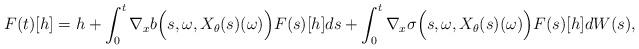
LaTeX: \begin{align*}F(t)[h] = h + \int_0^t \nabla_x b\Big(s, \omega, X_\theta(s)(\omega)\Big) F(s)[h]ds + \int_0^t \nabla_x \sigma\Big(s, \omega, X_\theta(s)(\omega)\Big) F(s)[h] dW(s),\end{align*}